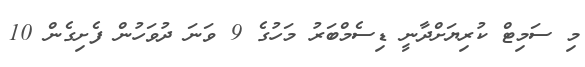
މި ސަމިޓް ކުރިޔަށްދާނީ ޑިސެމްބަރު މަހުގެ 9 ވަނަ ދުވަހުން ފެށިގެން 10